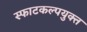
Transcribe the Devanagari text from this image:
स्फाटकल्पयुक्त